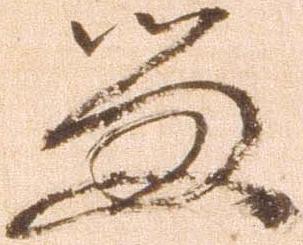
留